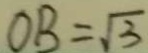
O B = \sqrt { 3 }